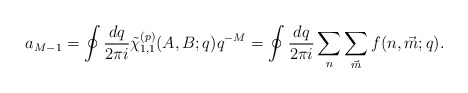
\begin{align*}a_{M-1} = \oint\frac{dq}{2\pi{i}}{\tilde{\chi}}_{1,1}^{(p)}(A,B;q)q^{-M} =\oint\frac{dq}{2\pi{i}}\sum_{n}\sum_{\vec{m}}f(n,\vec{m};q).\end{align*}